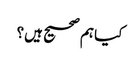
کیا ہم صحیح ہیں؟